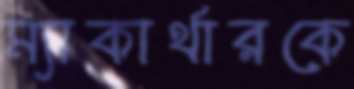
ম্যাকার্থারকে